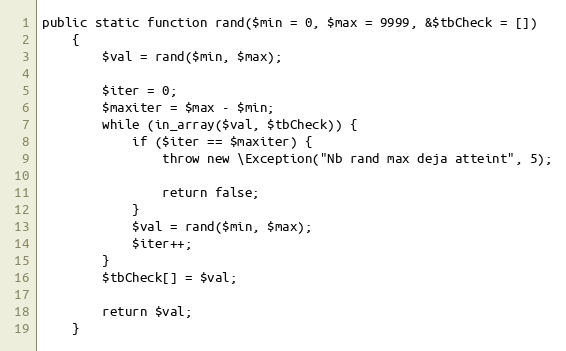
Language: PHP
public static function rand($min = 0, $max = 9999, &$tbCheck = [])
    {
        $val = rand($min, $max);

        $iter = 0;
        $maxiter = $max - $min;
        while (in_array($val, $tbCheck)) {
            if ($iter == $maxiter) {
                throw new \Exception("Nb rand max deja atteint", 5);

                return false;
            }
            $val = rand($min, $max);
            $iter++;
        }
        $tbCheck[] = $val;

        return $val;
    }